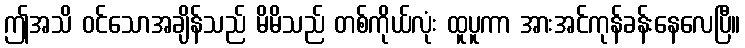
ဤအသိ ဝင်သောအချိန်သည် မိမိသည် တစ်ကိုယ်လုံး ထူပူကာ အားအင်ကုန်ခန်းနေလေပြီ။